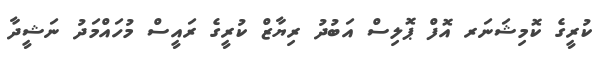
ކުރީގެ ކޮމިޝަނަރ އޮފް ޕޮލިސް އަބުދު ރިޔާޒް ކުރީގެ ރައީސް މުހައްމަދު ނަޝީދާ